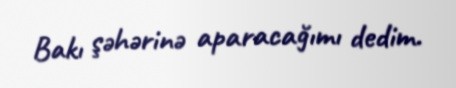
Bakı şəhərinə aparacağımı dedim.